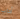
آداب